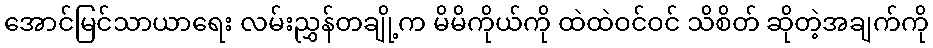
အောင်မြင်သာယာရေး လမ်းညွှန်တချို့က မိမိကိုယ်ကို ထဲထဲဝင်ဝင် သိစိတ် ဆိုတဲ့အချက်ကို